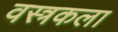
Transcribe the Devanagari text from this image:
वस्त्रकला